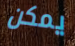
يمكن